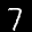
Label: 7